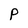
Character: P